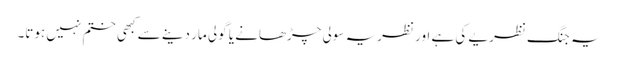
یہ جنگ نظریے کی ہے اور نظریہ سولی چڑھانے یا گولی مار دینے سے کبھی ختم نہیں ہوتا۔